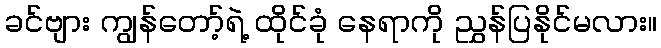
ခင်ဗျား ကျွန်တော့်ရဲ့ ထိုင်ခုံ နေရာကို ညွှန်ပြနိုင်မလား။